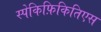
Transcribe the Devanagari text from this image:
स्पेकिफ़िकितिएस